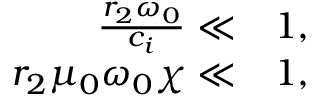
\begin{array} { r l } { \frac { r _ { 2 } \omega _ { 0 } } { c _ { i } } \ll } & { { } 1 , } \\ { r _ { 2 } \mu _ { 0 } \omega _ { 0 } \chi \ll } & { { } 1 , } \end{array}